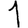
Digit: 1